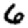
Digit: 6